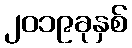
၂၀၁၉ခုနှစ်